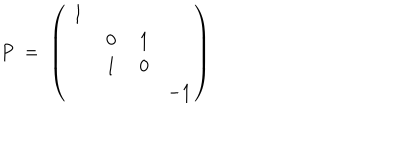
P \; = \; \left( \begin{array} { c c c c } { { \; 1 } } & { { } } & { { } } & { { } } \\ { { } } & { { \; 0 } } & { { \; 1 } } & { { } } \\ { { } } & { { \; 1 } } & { { \; 0 } } & { { } } \\ { { } } & { { } } & { { } } & { { - 1 } } \\ \end{array} \right)